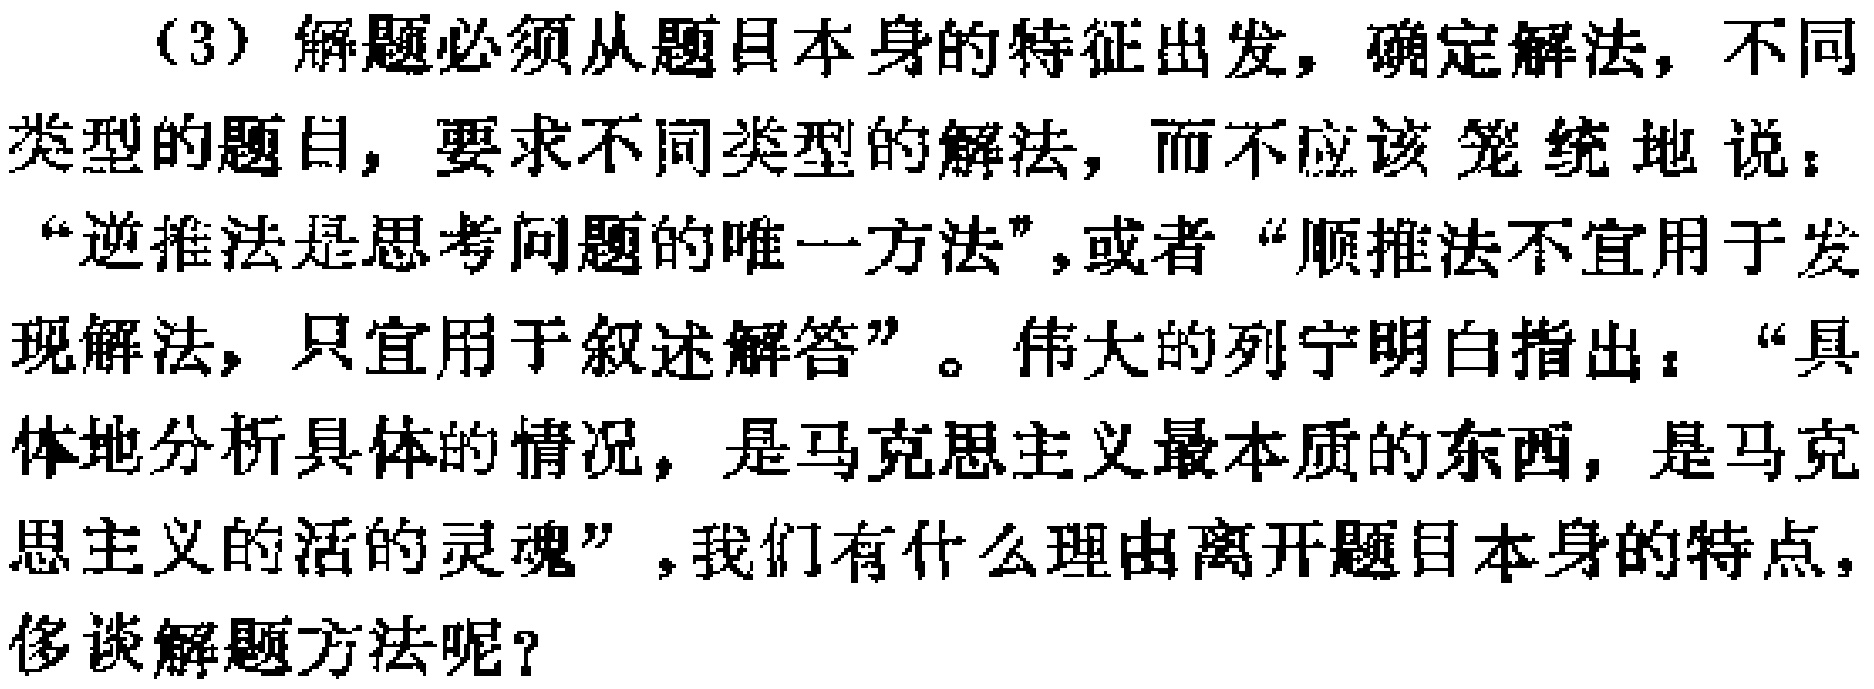
（3）解题必须从题目本身的特征出发，确定解法，不同类型的题目，要求不同类型的解法，而不应该笼统地说：“逆推法是思考问题的唯一方法”，或者“顺推法不宜用于发现解法，只宜用于叙述解答”。伟大的列宁明白指出：“具体地分析具体的情况，是马克思主义最本质的东西，是马克思主义的活的灵魂”，我们有什么理由离开题目本身的特点，侈谈解题方法呢？